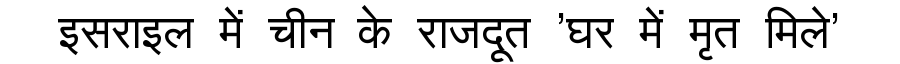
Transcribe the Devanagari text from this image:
इसराइल में चीन के राजदूत 'घर में मृत मिले'